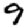
Digit: 9